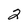
Character: 2